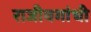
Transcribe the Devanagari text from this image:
राजीवगांधी